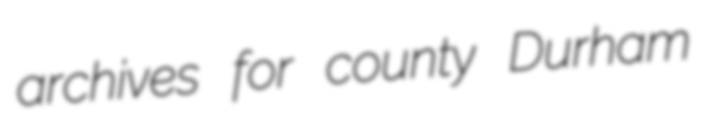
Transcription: archives for county Durham